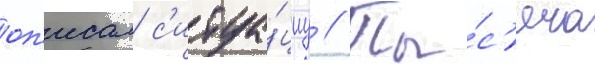
оп'исал с'итуа́циу // Ты́с'яча